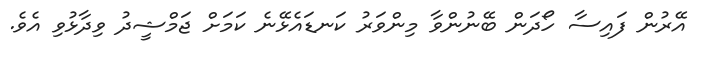
އޭރުން ފައިސާ ހޯދަން ބޭނުންވާ މިންވަރު ކަނޑައެޅޭނެ ކަމަށް ޖަމްޝީދު ވިދާޅުވި އެވެ.